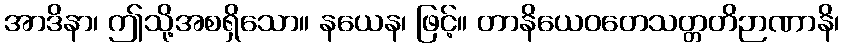
အာဒိနာ၊ ဤသို့အစရှိသော။ နယေန၊ ဖြင့်။ တာနိယေဝတေသတ္တတိဉာဏာနိ၊